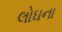
લોઘના